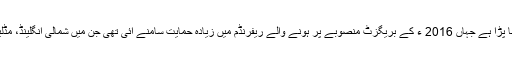
اسے وہاں سے شکست کا منہ دیکھنا پڑا ہے جہاں 2016 ء کے بریگزٹ منصوبے پر ہونے والے ریفرنڈم میں زیادہ حمایت سامنے آئی تھی جن میں شمالی انگلینڈ، مڈلینڈر اور ویلز کے علاقے شامل ہیں۔